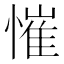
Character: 慛